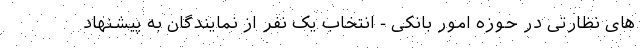
های نظارتی در حوزه امور بانکی - انتخاب یک ‌نفر از نمایندگان به پیشنهاد